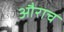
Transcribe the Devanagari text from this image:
औराच